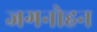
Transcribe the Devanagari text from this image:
जगनोहन